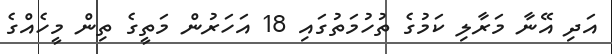
އަދި އޭނާ މަރާލި ކަމުގެ ތުހުމަތުގައި 18 އަހަރުން މަތީގެ ތިން މީހެއްގެ